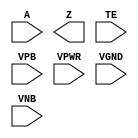
module sky130_fd_sc_lp__einvp (
    //# {{data|Data Signals}}
    input  A   ,
    output Z   ,

    //# {{control|Control Signals}}
    input  TE  ,

    //# {{power|Power}}
    input  VPB ,
    input  VPWR,
    input  VGND,
    input  VNB
);
endmodule